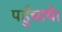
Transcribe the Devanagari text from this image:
पहुँचाये।